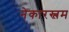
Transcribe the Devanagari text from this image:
नेकारस्लम